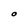
Character: O